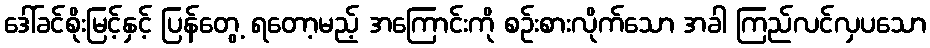
ဒေါ်ခင်စိုးမြင့်နှင့် ပြန်တွေ့ ရတော့မည့် အကြောင်းကို စဉ်းစားလိုက်သော အခါ ကြည်လင်လှပသော